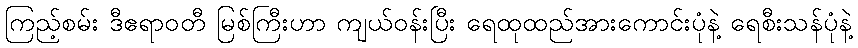
ကြည့်စမ်း ဒီဧရာဝတီ မြစ်ကြီးဟာ ကျယ်ဝန်းပြီး ရေထုထည်အားကောင်းပုံနဲ့ ရေစီးသန်ပုံနဲ့